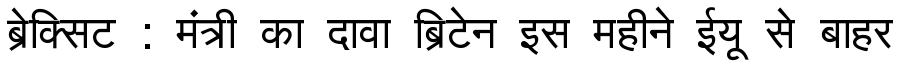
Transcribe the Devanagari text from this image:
ब्रेक्सिट : मंत्री का दावा ब्रिटेन इस महीने ईयू से बाहर